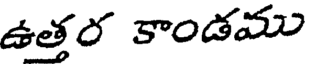
ఉత్తర కాండము